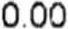
0.00